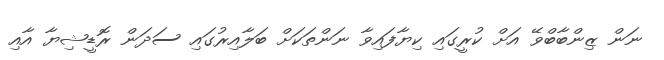
ނަން ޒިންބާބްވޭ އަށް ކުރީގައި ކިޔާފައިވާ ނަންތަކަށް ބަލާއިރުގައި ސަދަން ރޮޑީޝިޔާ އާއި